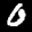
Label: 0